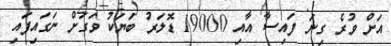
އަށް ވުރެ ގިނަ ފައިސާ އާއި 19000 ޑޮލަރު ބަޔަކު ވަގަށް ނަގައިފައި